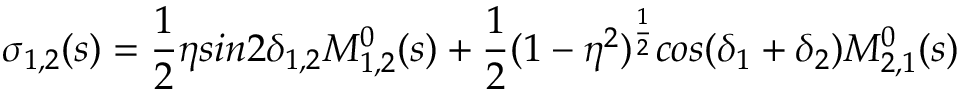
\sigma _ { 1 , 2 } ( s ) = \frac { 1 } { 2 } \eta s i n 2 \delta _ { 1 , 2 } M _ { 1 , 2 } ^ { 0 } ( s ) + \frac { 1 } { 2 } ( 1 - \eta ^ { 2 } ) ^ { \frac { 1 } { 2 } } c o s ( \delta _ { 1 } + \delta _ { 2 } ) M _ { 2 , 1 } ^ { 0 } ( s )